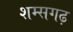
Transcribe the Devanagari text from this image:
शम्सगढ़